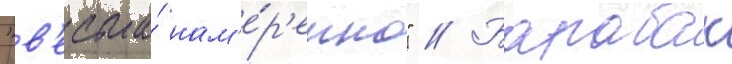
"в'есьма́ нам'е́р'енно" // Барабак